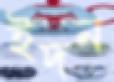
ইদন